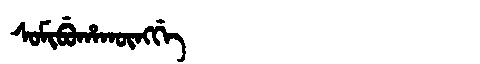
Manchu: ᠰᠣᠮᡳᠪᡠᡥᠠᡴᡡᠩᡤᡝ
Romanization: SOMIBUHAKŪNGGE